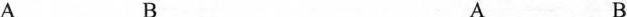
A B A B